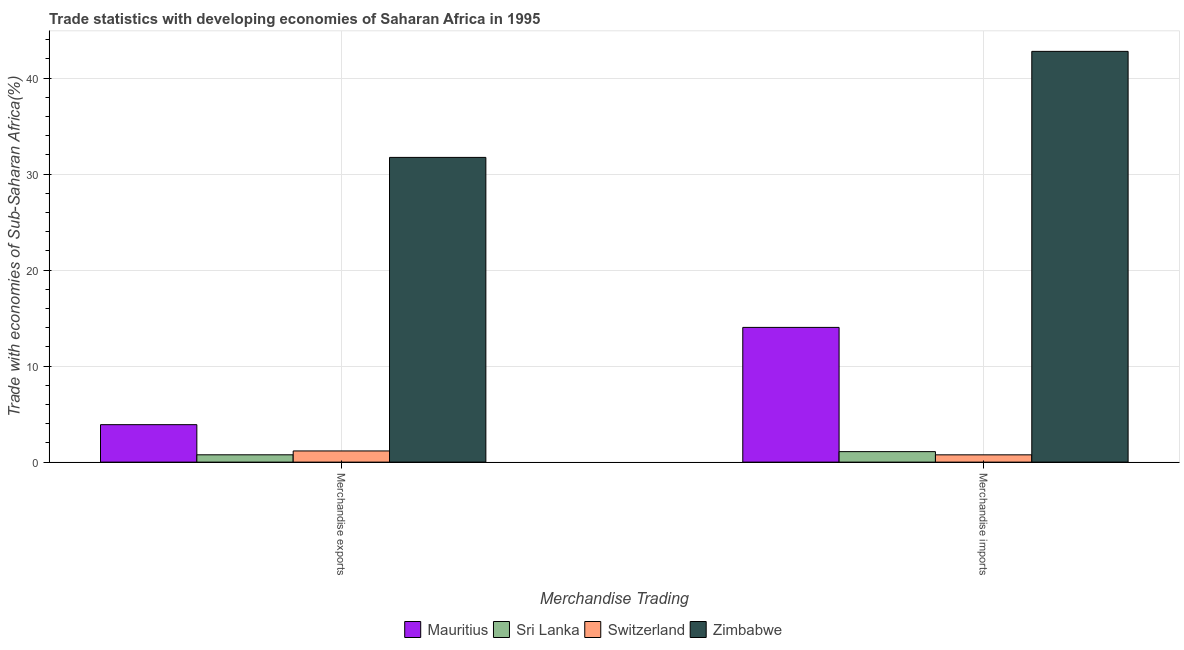
| Merchandise Trading | Mauritius | Sri Lanka | Switzerland | Zimbabwe |
 | --- | --- | --- | --- | --- |
 | Merchandise exports | 3.9 | 0.763 | 1.16 | 31.7 |
 | Merchandise imports | 14 | 1.09 | 0.76 | 42.8 |